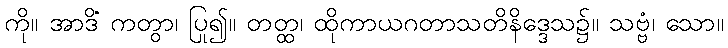
ကို။ အာဒိံ ကတွာ၊ ပြု၍။ တတ္ထ၊ ထိုကာယဂတာသတိနိဒ္ဒေသ၌။ သဗ္ဗံ၊ သော။